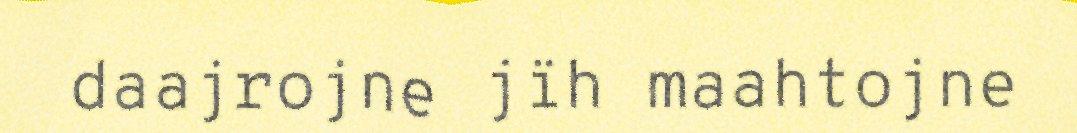
daajrojne jïh maahtojne